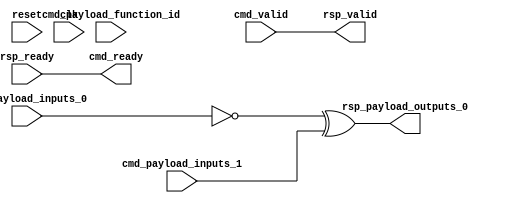
// This program was cloned from: https://github.com/google/CFU-Playground
// License: Apache License 2.0

// Copyright 2021 The CFU-Playground Authors
//
// Licensed under the Apache License, Version 2.0 (the "License");
// you may not use this file except in compliance with the License.
// You may obtain a copy of the License at
//
//      http://www.apache.org/licenses/LICENSE-2.0
//
// Unless required by applicable law or agreed to in writing, software
// distributed under the License is distributed on an "AS IS" BASIS,
// WITHOUT WARRANTIES OR CONDITIONS OF ANY KIND, either express or implied.
// See the License for the specific language governing permissions and
// limitations under the License.



module Cfu (
  input               cmd_valid,
  output              cmd_ready,
  input      [9:0]    cmd_payload_function_id,
  input      [31:0]   cmd_payload_inputs_0,
  input      [31:0]   cmd_payload_inputs_1,
  output              rsp_valid,
  input               rsp_ready,
  output     [31:0]   rsp_payload_outputs_0,
  input               reset,
  input               clk
);

  // Trivial handshaking for a combinational CFU
  assign rsp_valid = cmd_valid;
  assign cmd_ready = rsp_ready;

  //
  // select output -- note that we're not fully decoding the 3 function_id bits
  //
  assign rsp_payload_outputs_0 = ~cmd_payload_inputs_0 ^ cmd_payload_inputs_1;


endmodule